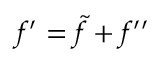
f ^ { \prime } = \widetilde { f } + f ^ { \prime \prime }